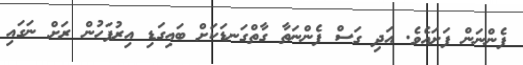
ފެންނަން ފަށައެވެ. އަދި ގަސް ފެންނަތާ ގާތްގަނޑަކަށް ބައިގަޑި އިރުފަހުން ރަށް ނަގައި